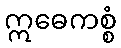
ဣဓေကစ္စံ